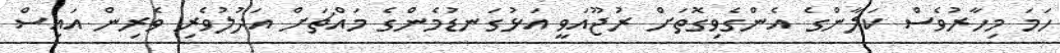
ހަމަ މިހާރުވެސް ކަލާންގެ އެންގެވިގޮތަށް ރުޖޫއަވީ އަޅުގަނޑުމެންގެ މައްޗަށް އަދުލުވެރި ވެރިން އައިސް